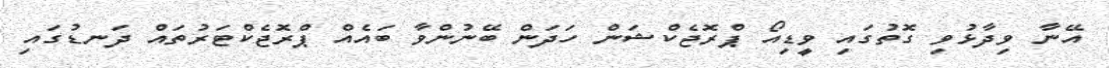
އޭނާ ވިދާޅުވި ގޮތުގައި ވީޑިއޯ ޕްރޮޖެކްޝަން ހަދަން ބޭނުންވާ ބައެއް ޕްރޮޖެކްޓަރުތައް ދަނޑުގައި